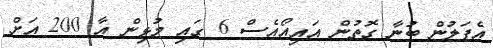
އެޕަލުން ބުނާ ގޮތުން އައިއޯއެސް 6 ގައި މުޅިން އާ 200 އަށް